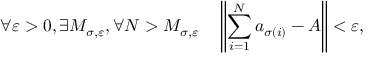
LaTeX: \forall \varepsilon > 0 , \exists M _ { \sigma , \varepsilon } , \forall N > M _ { \sigma , \varepsilon } \quad \left\| \sum _ { i = 1 } ^ { N } a _ { \sigma ( i ) } - A \right\| < \varepsilon ,